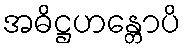
အဓိဋ္ဌဟန္တောပိ